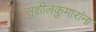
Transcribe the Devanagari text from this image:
सुशीलकुमारांना